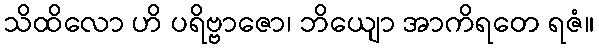
သိထိလော ဟိ ပရိဗ္ဗာဇော၊ ဘိယျော အာကိရတေ ရဇံ။